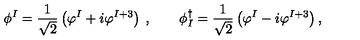
\phi ^ { I } = \frac { 1 } { \sqrt { 2 } } \left( \varphi ^ { I } + i \varphi ^ { I + 3 } \right) \: , \qquad \phi _ { I } ^ { \dagger } = \frac { 1 } { \sqrt { 2 } } \left( \varphi ^ { I } - i \varphi ^ { I + 3 } \right) ,